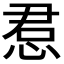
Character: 𫺔